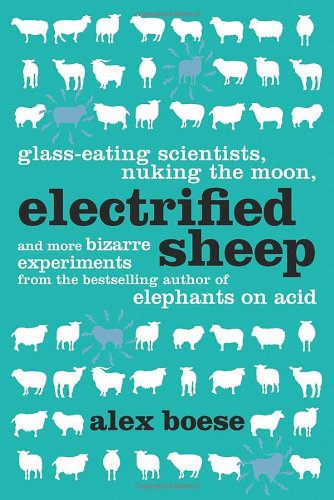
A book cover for Electrified Sheep: Glass-eating Scientists, Nuking the Moon, and More Bizarre Experiments; Alex Boese; Science & Math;